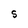
Character: S